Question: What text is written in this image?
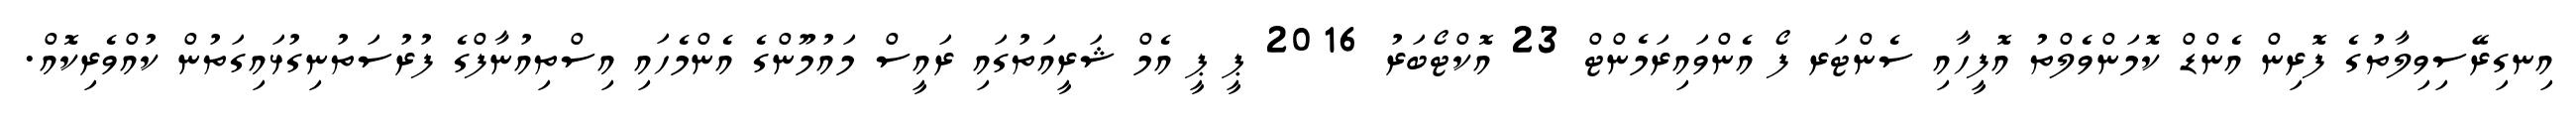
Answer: އިނގިރޭސިވިލާތުގެ ފޮރިން އެންޑް ކޮމަންވެލްތު އޮފީހާއި ސެންޓަރ ފޯ އެންވައިރަމެންޓް 23 އޮކްޓޯބަރު 2016 ޕީ ޕީ އެމް ޝަރީއަތުގައި ރައީސް މައުމޫންގެ އެންމެހައި އިސްތިއުނާފްގެ ފުރުސަތުނިގުޅައިގަތުން ކުއްވެރިކޮއް.